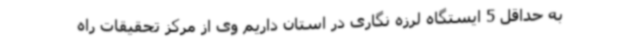
به حداقل 5 ایستگاه لرزه نگاری در استان داریم وی از مرکز تحقیقات راه